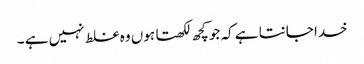
خدا جانتا ہے کہ جو کچھ لکھتا ہوں وہ غلط نہیں ہے ۔